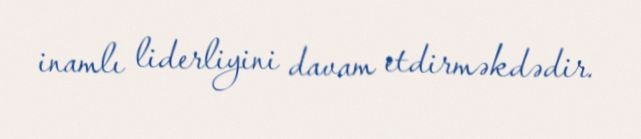
inamlı liderliyini davam etdirməkdədir.